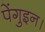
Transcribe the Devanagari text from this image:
पेंगुइन।